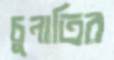
চুনাতির